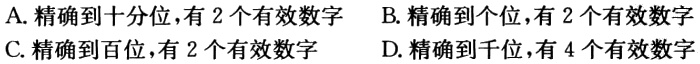
A. 精确到十分位，有 2 个有效数字
B. 精确到个位，有 2 个有效数字
C. 精确到百位，有 2 个有效数字
D. 精确到千位，有 4 个有效数字